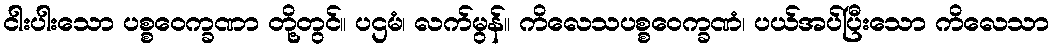
ငါးပါးသော ပစ္စဝေက္ခဏာ တို့တွင်။ ပဌမံ၊ လက်မွန်။ ကိလေသပစ္စဝေက္ခဏံ၊ ပယ်အပ်ပြီးသော ကိလေသာ